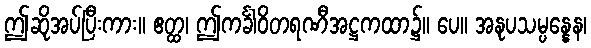
ဤဆိုအပ်ပြီးကား။ ဧတ္ထ၊ ဤကင်္ခါဝိတရဏီအဋ္ဌကထာ၌။ ပေ။ အနုပသမ္ပန္နေန၊